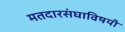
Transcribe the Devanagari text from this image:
मतदारसंघाविषयी